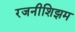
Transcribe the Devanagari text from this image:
रजनीशिझम